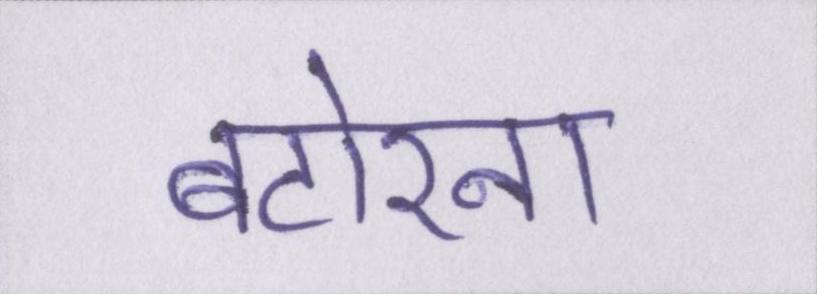
बटोरना